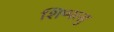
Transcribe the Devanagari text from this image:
शिप्पत्सु